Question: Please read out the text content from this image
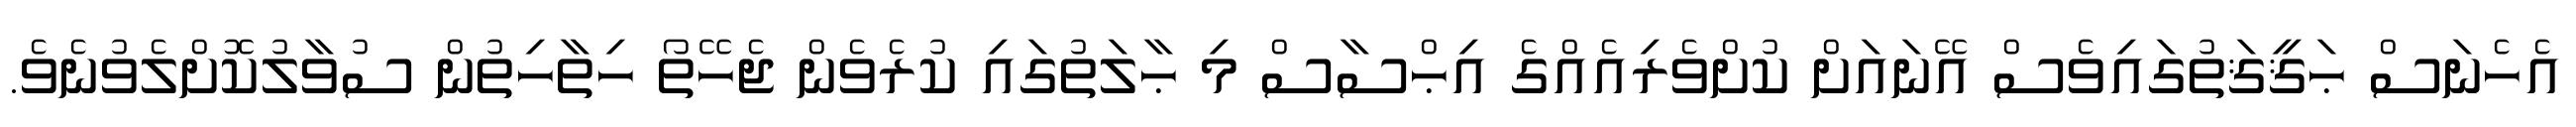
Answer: އެހެނަސް ޙަޤީޤަތުގައިވެސް އޭނައަށް ކުށްވެރިއެއްގެ އިޙްސާސް މި ޙާލަތުގައި ކުރެވެން ޖެހޭތޯ ހިތާހިތުން ސުވާލުކޮށްލެވުނެވެ.